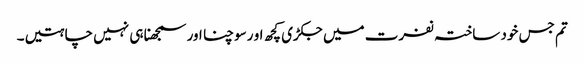
تم جس خود ساختہ نفرت میں جکڑی کچھ او رسوچنا اور سمجھنا ہی نہیں چاہتیں۔